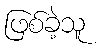
ဖြစ်ခဲ့သူ